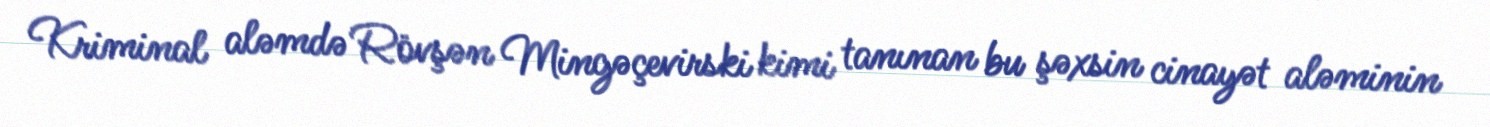
Kriminal aləmdə Rövşən Mingəçevirski kimi tanınan bu şəxsin cinayət aləminin